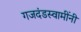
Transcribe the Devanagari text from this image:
गजदंडस्वामींनी